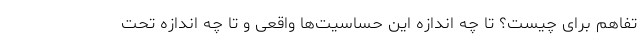
تفاهم برای چیست؟ تا چه اندازه این حساسیت‌ها واقعی و تا چه اندازه تحت